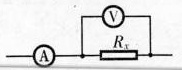
VAR_{X}